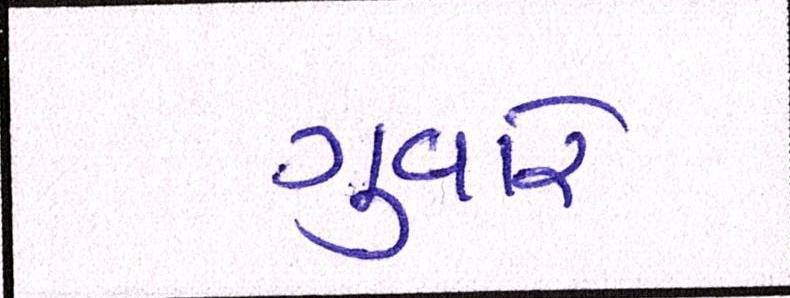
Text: ગુવારે